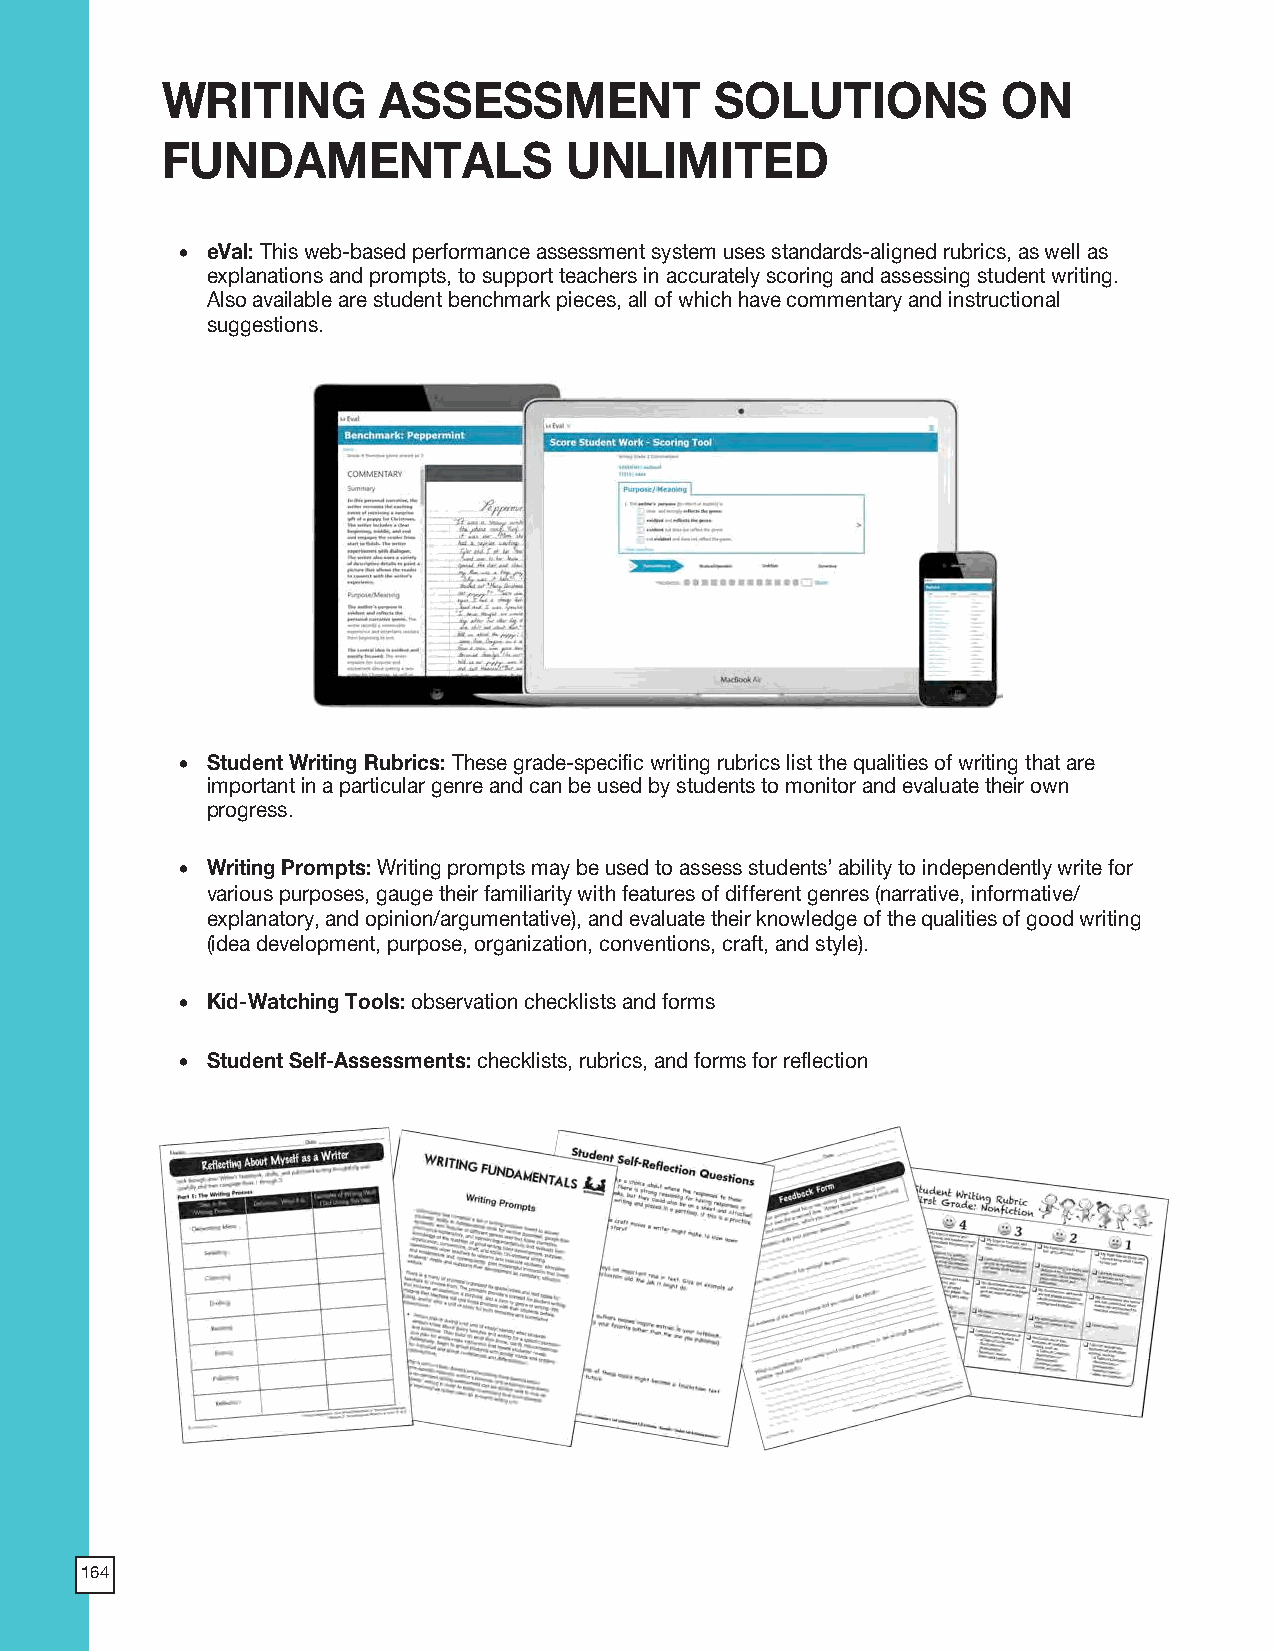
2018 ProdSamp_Layout 1 7/28/17 12:05 PM Page 26
 WRITING       ASSESSMENT            SOLUTIONS          ON
 FUNDAMENTALS               UNLIMITED
 • eVal: This web-based performance assessment system uses standards-aligned rubrics, as well as
 explanations and prompts, to support teachers in accurately scoring and assessing student writing.
 Also available are student benchmark pieces, all of which have commentary and instructional
 suggestions.
 • Student Writing Rubrics: These grade-specific writing rubrics list the qualities of writing that are
 important in a particular genre and can be used by students to monitor and evaluate their own
 progress.
 • Writing Prompts: Writing prompts may be used to assess students’ ability to independently write for
 various purposes, gauge their familiarity with features of different genres (narrative, informative/
 explanatory, and opinion/argumentative), and evaluate their knowledge of the qualities of good writing
 (idea development, purpose, organization, conventions, craft, and style).
 • Kid-Watching Tools: observation checklists and forms
 • Student Self-Assessments: checklists, rubrics, and forms for reflection
 23
 164